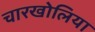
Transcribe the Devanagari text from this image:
चारखोलिया